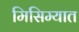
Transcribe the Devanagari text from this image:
मिसिम्यात